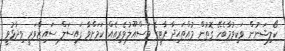
ކޯލިޝަނުން ވަކިވުމާބެހޭ ގޮތުން މުއްތަޙިދާ ޕާޓީގެ މަސްއޫލުވެރިއެއް ކަމަށްވާ ފައިސަލް ސައިޒްވަރީ ވިދާޅުވީ